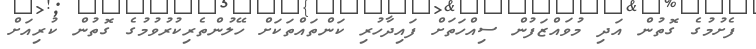
ފެށުމުގެ ގޮތުން އަދި މުވައްޒަފުން ސިއްހަތަށް ފައިދާހުރި ކަންތައްތަކަށް ހޭލުންތެރިކުރުވުމުގެ ގޮތުން ކުރިއަށް